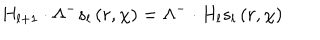
LaTeX: H _ { l + 1 } \cdot \Lambda ^ { - } s _ { l } \left( r , \chi \right) = \Lambda ^ { - } \cdot H _ { l } s _ { l } \left( r , \chi \right)